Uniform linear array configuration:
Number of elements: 8
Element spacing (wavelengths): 0.75
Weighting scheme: uniform
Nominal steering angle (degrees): -60
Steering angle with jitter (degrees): -60.057
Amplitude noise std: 0.05
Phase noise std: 0.05

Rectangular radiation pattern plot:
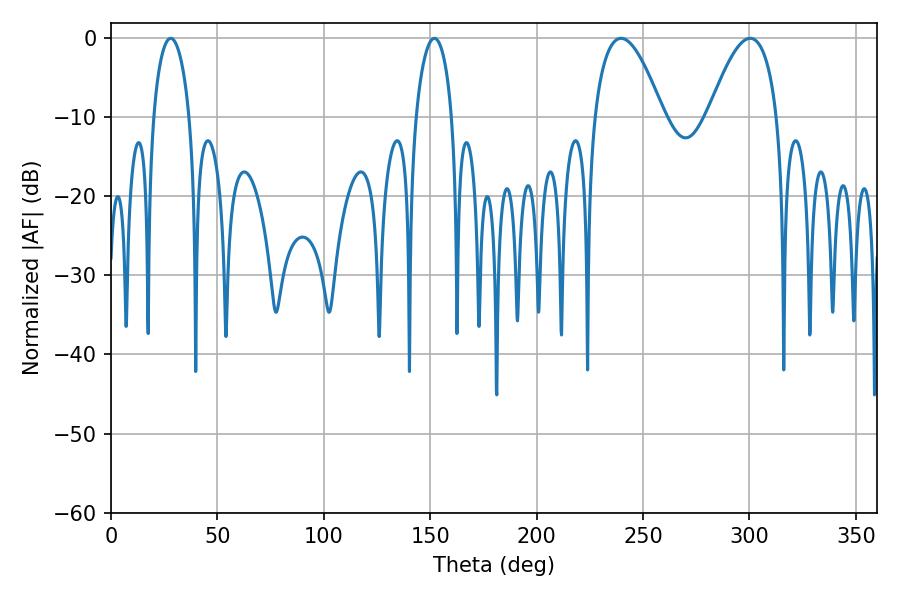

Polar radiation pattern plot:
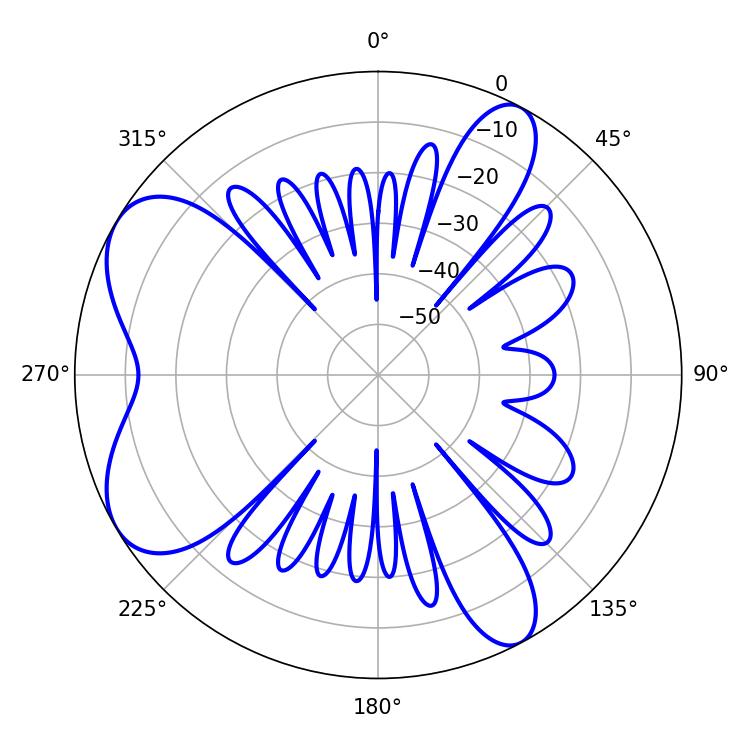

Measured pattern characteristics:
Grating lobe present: TRUE
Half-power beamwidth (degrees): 9.54
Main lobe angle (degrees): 28.08